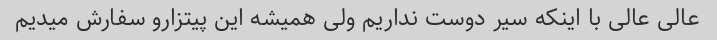
عالی عالی با اینکه سیر دوست نداریم ولی همیشه این پیتزارو سفارش میدیم